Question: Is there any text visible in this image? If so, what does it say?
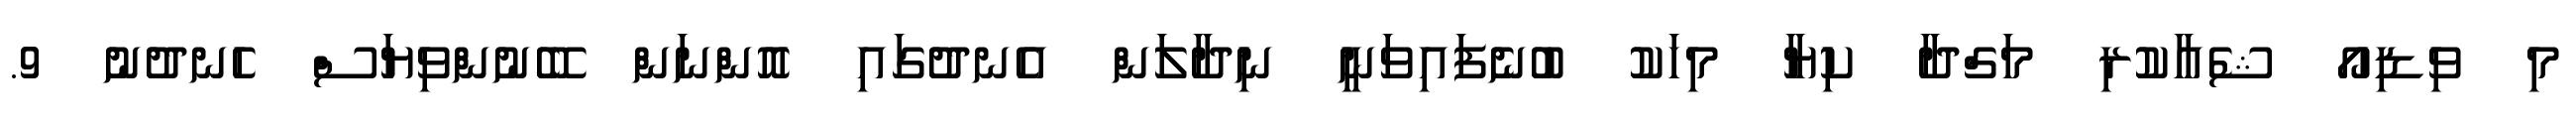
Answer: މި ވިޑިއޯ ޝެއާކުރި މަގްދާ ކިޔާ މިހަކު ބުނެފައިވަނީ ނިދާލަން އެނދުގައި އޮންނަން ބޭނުންވިޔަސް ހެނދުނު 9.